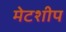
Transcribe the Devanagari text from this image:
मेटशीप